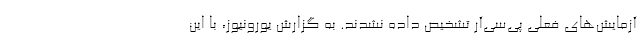
آزمایش‌های فعلی پی‌سی‌آر تشخیص داده نشدند. به گزارش یورونیوز، با این